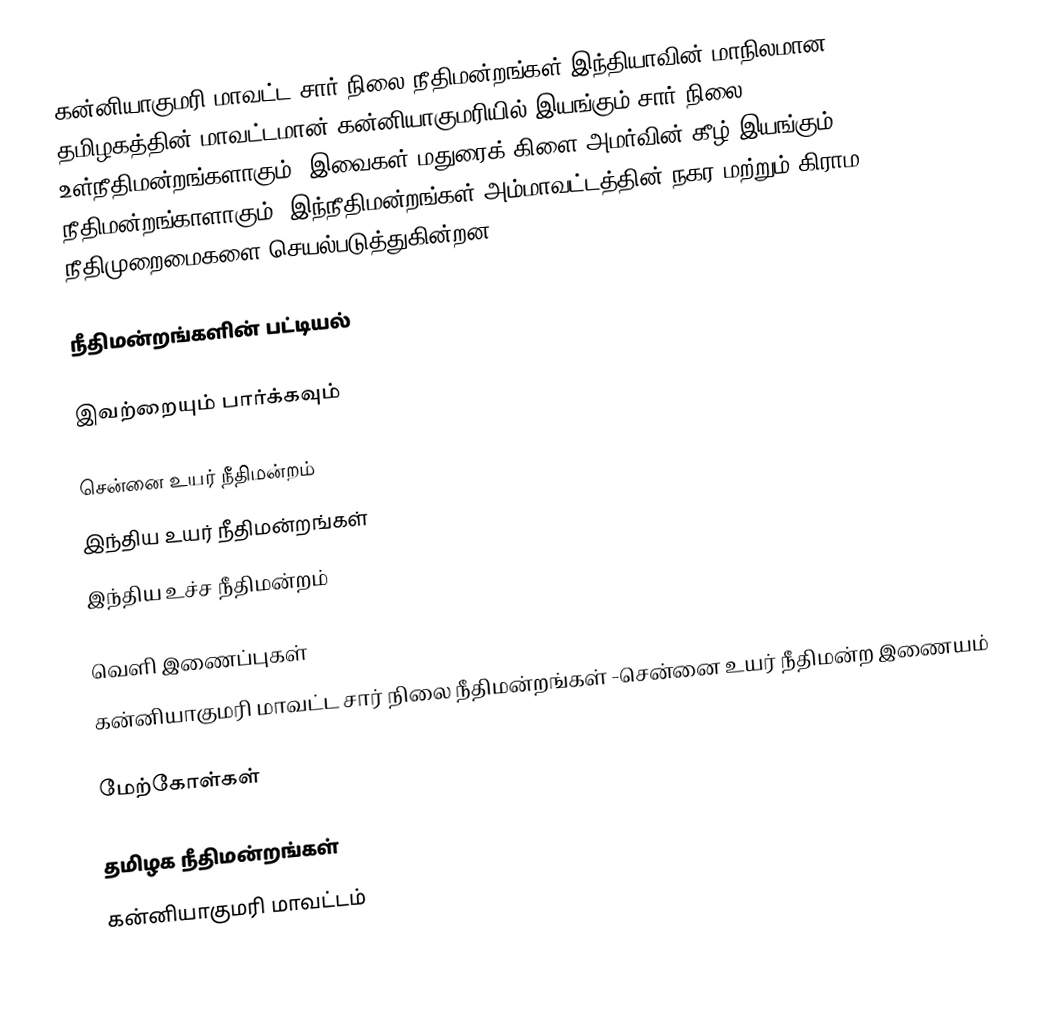
கன்னியாகுமரி மாவட்ட சார் நிலை நீதிமன்றங்கள் இந்தியாவின் மாநிலமான தமிழகத்தின் மாவட்டமான் கன்னியாகுமரியில் இயங்கும் சார் நிலை உள்நீதிமன்றங்களாகும். இவைகள் மதுரைக் கிளை அமர்வின் கீழ் இயங்கும் நீதிமன்றங்காளாகும். இந்நீதிமன்றங்கள் அம்மாவட்டத்தின் நகர மற்றும் கிராம நீதிமுறைமைகளை செயல்படுத்துகின்றன .

நீதிமன்றங்களின் பட்டியல்

இவற்றையும் பார்க்கவும்

சென்னை உயர் நீதிமன்றம்
இந்திய உயர் நீதிமன்றங்கள்
இந்திய உச்ச நீதிமன்றம்

வெளி இணைப்புகள்
கன்னியாகுமரி மாவட்ட சார் நிலை நீதிமன்றங்கள் -சென்னை உயர் நீதிமன்ற இணையம்

மேற்கோள்கள்

தமிழக நீதிமன்றங்கள்
கன்னியாகுமரி மாவட்டம்